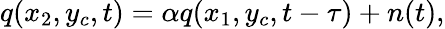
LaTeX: q(x_{2},y_{c},t)=\alpha q(x_{1},y_{c},t-\tau)+n(t),